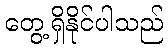
တွေ့ရှိနိုင်ပါသည်